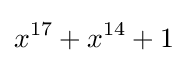
x^{17}+x^{14}+1